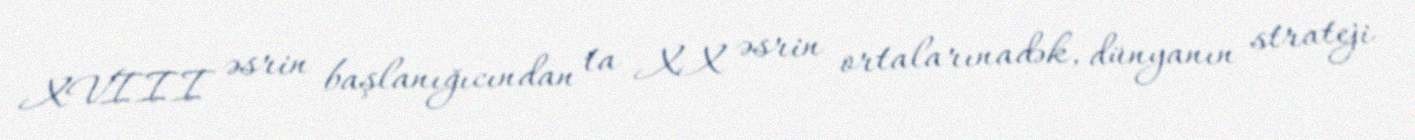
XVIII əsrin başlanığıcından ta XX əsrin ortalarınadək, dünyanın strateji